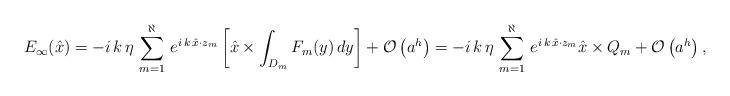
LaTeX: \begin{align*}E_{\infty}(\hat{x})=- i \, k \, \eta \, \sum_{m=1}^{\aleph} \, e^{i \, k \, \hat{x} \cdot z_{m}} \left[ \hat{x} \times \int_{D_{m}} F_{m}(y) \, dy \right]+\mathcal{O}\left(a^h\right)=-i \, k \, \eta \, \sum_{m=1}^{\aleph} \, e^{i \, k \, \hat{x} \cdot z_{m}} \hat{x}\times Q_m+\mathcal{O}\left(a^h\right),\end{align*}